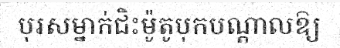
បុរសម្នាក់ជិះម៉ូតូបុកបណ្តាលឱ្យ